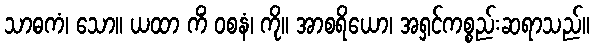
သာဓကံ၊ သော။ ယထာ ကိံ ဝစနံ၊ ကို။ အာစရိယော၊ အရှင်ကစ္စည်းဆရာသည်။